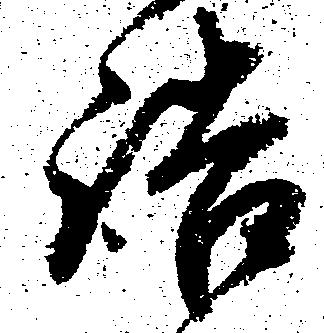
詰